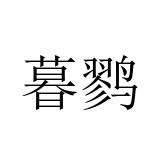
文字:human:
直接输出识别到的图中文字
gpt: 暮鹨